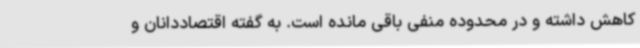
کاهش داشته و در محدوده منفی باقی مانده است. به گفته اقتصاددانان و